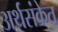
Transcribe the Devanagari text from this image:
अर्थसंकेत